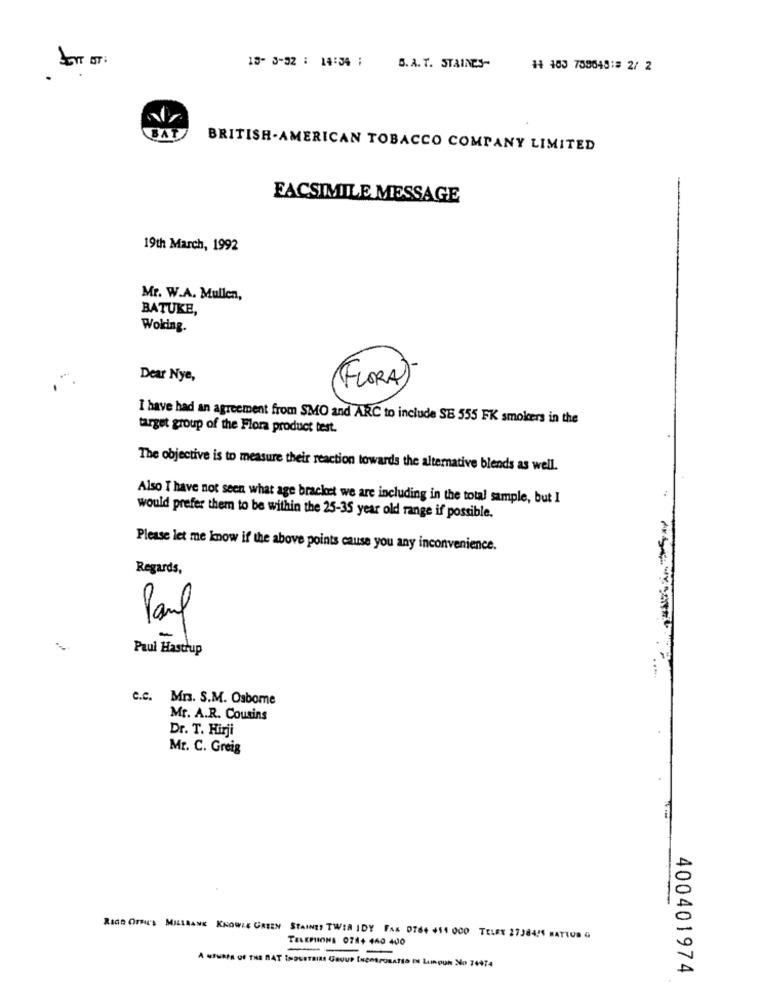
13- 3-32 : 14:34 ;
S. A. T. STAINES-
11 103 758043:# 2/ 2
BAT
BRITISH-AMERICAN TOBACCO COMPANY LIMITED
FACSIMILE MESSAGE
19th March, 1992
Mr. W.A. Mullen,
BATUKE,
Woking.
Dear Nye,
(FLORA)
I have had an agreement from SMO and ARC to include SE 555 FK smokers in the
target group of the Flora product test.
The objective is to measure their reaction towards the alternative blends as well.
Also I have not seen what age bracket we are including in the total sample, but I
would prefer them to be within the 25-35 year old range if possible.
Please let me know if the above points cause you any inconvenience.
Regards,
Paul
-
Paul Hastrup
....
C.C. Mrs. S.M. Osbome
Mr. A.R. Cousins
Dr. T. Hirji
Mr. C. Greig
RIGn Ornes MILLAANK KNOWLE GREEN STAINES TWIA IDY FAK 0764 414 000 TELEX 27384/5 MATIUR G
TELEMIONS 0744 440 400
A MEMBER OF THE RAT INDUSTRIAL GROUP INCORPORATED EN LAROUN NO 74974
400401974